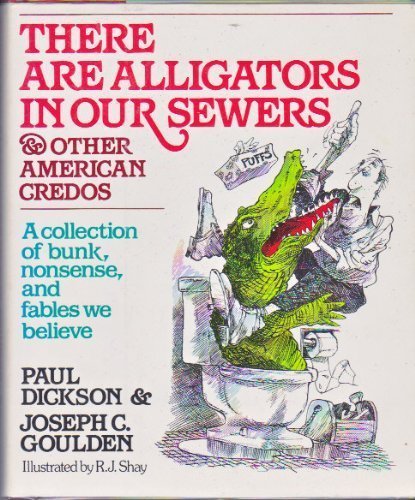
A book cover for There are alligators in our sewers, and other American credos; Paul Dickson; Humor & Entertainment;